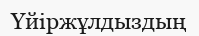
Үйіржұлдыздың